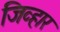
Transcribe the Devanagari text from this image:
जिव्हार